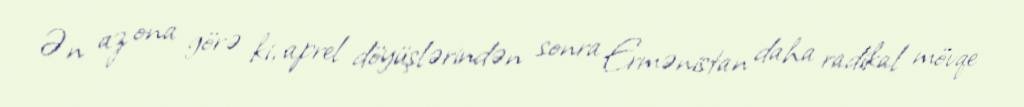
Ən az ona görə ki, aprel döyüşlərindən sonra Ermənistan daha radikal mövqe